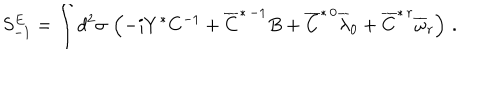
S _ { - 1 } ^ { E } = \int d ^ { 2 } \sigma \, \left( - i Y ^ { * } C ^ { - 1 } + \overline { { { C } } } ^ { * \, - 1 } B + \overline { { { C } } } ^ { * \, 0 } \overline { { { \lambda } } } _ { 0 } + \overline { { { C } } } ^ { * \, r } \overline { { { \omega } } } _ { r } \right) \, .